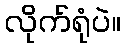
လိုက်ရုံပဲ။